Lyperosia minuta, Bezzi - Number 59
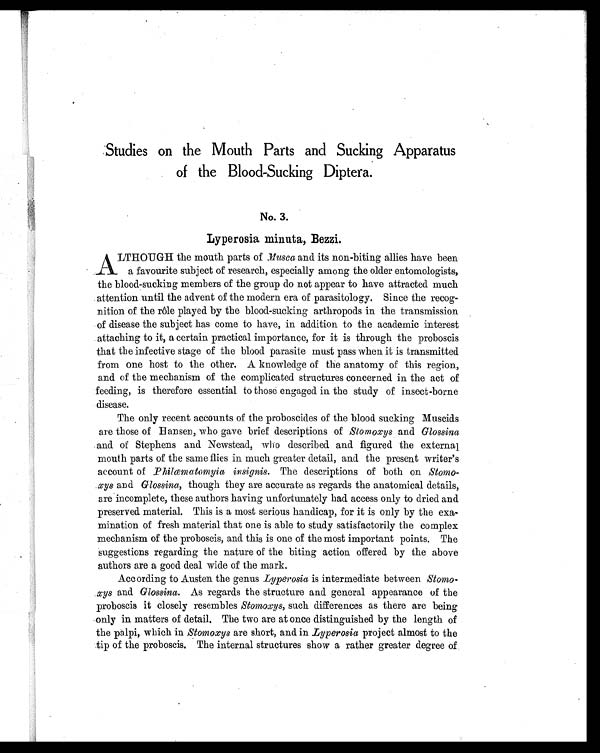
Studies on the Mouth Parts and Sucking Apparatus
of the Blood-Sucking Diptera.
No. 3.
Lyperosia minuta, Bezzi.
A LTHOUGH the mouth parts of Musca and its non-biting allies have been
a favourite subject of research, especially among the older entomologists,
the blood-sucking members of the group do not appear to have attracted much
attention until the advent of the modern era of parasitology. Since the recog-
nition of the rôle played by the blood-sucking arthropods in the transmission
of disease the subject has come to have, in addition to the academic interest
attaching to it, a certain practical importance, for it is through the proboscis
that the infective stage of the blood parasite must pass when it is transmitted
from one host to the other. A knowledge of the anatomy of this region,
and of the mechanism of the complicated structures concerned in the act of
feeding, is therefore essential to those engaged in the study of insect-borne
disease.
The only recent accounts of the proboscides of the blood sucking Muscids
are those of Hansen, who gave brief descriptions of Stomoxys and Glossina
and of Stephens and Newstead, who described and figured the external
mouth parts of the same flies in much greater detail, and the present writer's
account of Philænatomyia insignis. The descriptions of both on Stomo-
xys and Glossina, though they are accurate as regards the anatomical details,
are incomplete, these authors having unfortunately had access only to dried and
preserved material. This is a most serious handicap, for it is only by the exa-
mination of fresh material that one is able to study satisfactorily the complex
mechanism of the proboscis, and this is one of the most important points. The
suggestions regarding the nature of the biting action offered by the above
authors are a good deal wide of the mark.
According to Austen the genus Lyperosia is intermediate between Stomo-
xys and Glossina. As regards the structure and general appearance of the
proboscis it closely resembles Stomoxys, such differences as there are being
only in matters of detail. The two are at once distinguished by the length of
the palpi, which in Stomoxys are short, and in Lyperosia project almost to the
tip of the proboscis. The internal structures show a rather greater degree of